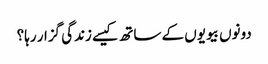
دونوں بیویوں کے ساتھ کیسے زندگی گزار رہا؟